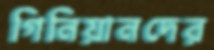
গিনিয়ানদের